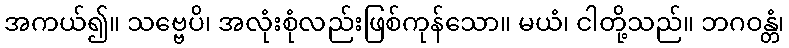
အကယ်၍။ သဗ္ဗေပိ၊ အလုံးစုံလည်းဖြစ်ကုန်သော။ မယံ၊ ငါတို့သည်။ ဘဂဝန္တံ၊